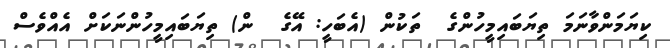
ކިޔަމަންވާނަމަ ތިޔަބައިމީހުންގެ  ތަކުން (އެބަހީ: އޭގެ  ން) ތިޔަބައިމީހުންނަކަށް އެއްވެސް